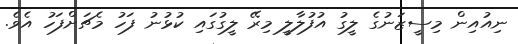
ނިއުއިން މިސީޒަނުގެ ލީގު އުފުލާލީ މިރޭ ލީގުގައި ކުޅުނު ފަހު މެޗަށްފަހު އެވެ.